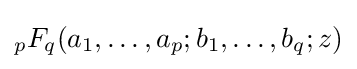
{}_{p}F_{q}(a_{1},\ldots ,a_{p};b_{1},\ldots ,b_{q};z)